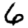
Digit: 6